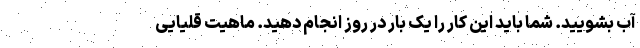
آب بشویید. شما باید این کار را یک بار در روز انجام دهید. ماهیت قلیایی